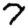
Digit: 7